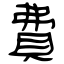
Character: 費